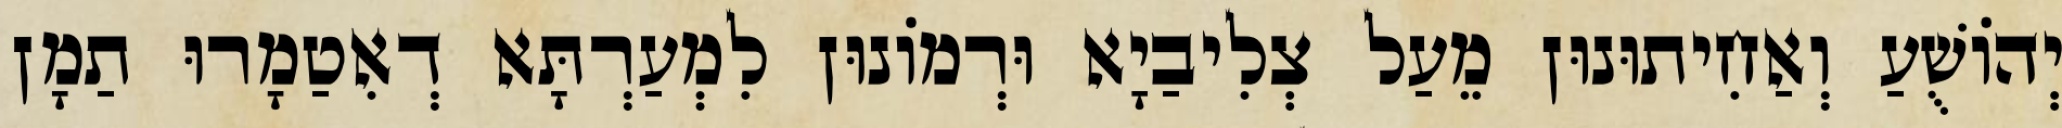
יְהוֹשֻׁעַ וְאַחִיתוּנוּן מֵעַל צְלִיבַיָא וּרְמוֹנוּן לִמְעַרְתָּא דְאִטַמָרוּ תַמָן